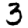
Digit: 3